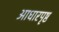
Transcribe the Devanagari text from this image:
आधारपृष्ठ